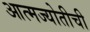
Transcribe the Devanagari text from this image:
आत्मज्योतीची